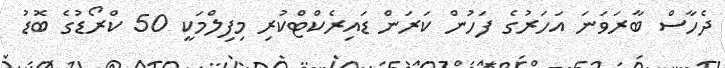
ދެހާސް ބާރަވަނަ އަހަރުގެ ފަހުން ކަރަން ޑައިރެކްޓްކުރި މިފިލްމަކީ 50 ކްރޯޑުގެ ބޮޑު